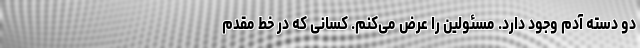
دو دسته آدم وجود دارد. مسئولین را عرض می‌کنم. کسانی که در خط مقدم